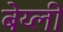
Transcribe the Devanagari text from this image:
बेय्ली